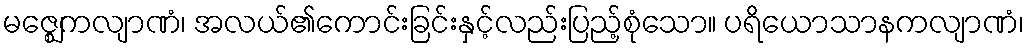
မဇ္ဈေကလျာဏံ၊ အလယ်၏ကောင်းခြင်းနှင့်လည်းပြည့်စုံသော။ ပရိယောသာနကလျာဏံ၊